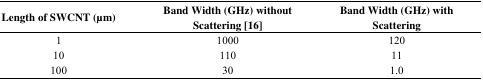
<table><thead><tr><td><b>Length of SWCNT (μm)</b></td><td><b>Band Width (GHz) without Scattering [16]</b></td><td><b>Band Width (GHz) with Scattering</b></td></tr></thead><tbody><tr><td>1</td><td>1000</td><td>120</td></tr><tr><td>10</td><td>110</td><td>11</td></tr><tr><td>100</td><td>30</td><td>1.0</td></tr></tbody></table>